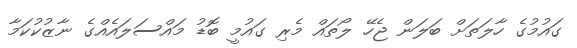
ގައުމުގެ ހާލަތަށް ބަލަން ޖެހޭ ލޯތައް މެރި ގައުމީ ބޮޑު މައްސަލައެއްގެ ނާޒުކުކަމާ